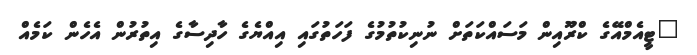
"ޓީއެމްއޭގެ ކްރޫއިން މަސައްކަތަށް ނުނިކުތުމުގެ ފަހަތުގައި އިއްޔެގެ ހާދިސާގެ އިތުރުން އެހެން ކަމެއް